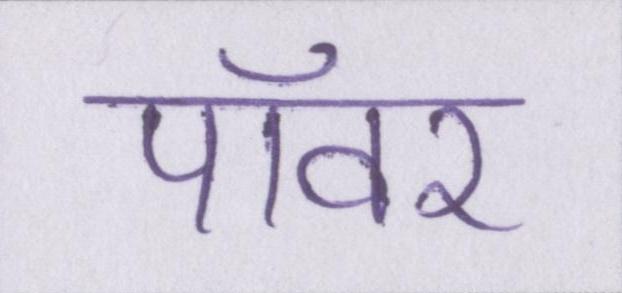
पॉवर